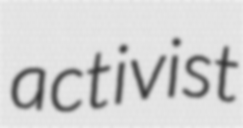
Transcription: activist